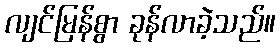
လျင်မြန်စွာ ခုန်လာခဲ့သည်။